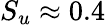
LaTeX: S_{u}\approx 0.4